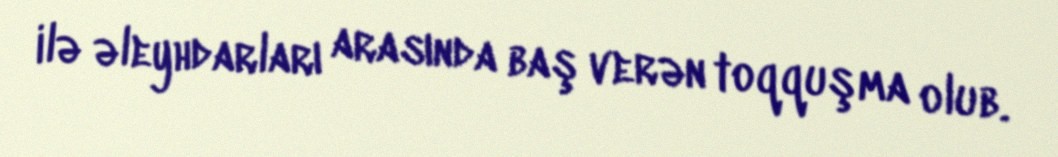
ilə əleyhdarları arasında baş verən toqquşma olub.